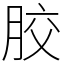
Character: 㬵